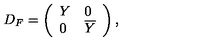
D _ { F } = \left( \begin{array} { l l } { Y } & { 0 } \\ { 0 } & { \overline { { Y } } } \\ \end{array} \right) ,